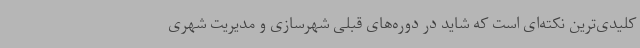
کلیدی‌ترین نکته‌ای است که شاید در دوره‌های قبلی شهرسازی و مدیریت شهری